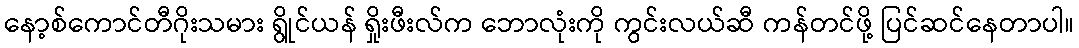
နော့စ်ကောင်တီဂိုးသမား ရွိုင်ယန် ရှိုးဖီးလ်က ဘောလုံးကို ကွင်းလယ်ဆီ ကန်တင်ဖို့ ပြင်ဆင်နေတာပါ။